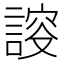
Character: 𧩮